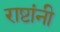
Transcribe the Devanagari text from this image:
राष्टांनी